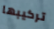
تركيبها